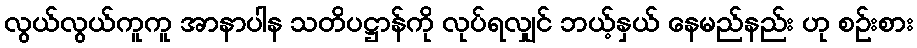
လွယ်လွယ်ကူကူ အာနာပါန သတိပဋ္ဌာန်ကို လုပ်ရလျှင် ဘယ့်နှယ် နေမည်နည်း ဟု စဉ်းစား